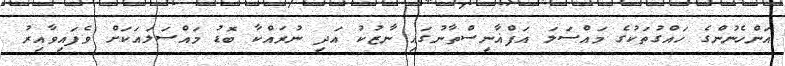
އަންހެނުންގެ ހައްގުތަކުގެ މައްސަލަ އަފްޣާނިސްތާނުގައި ނާޒުކު އަދި ނުރައްކާ ބޮޑު މައްސަލައަކަށް ވެފައިވާއިރު